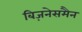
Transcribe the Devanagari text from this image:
बिज़नेसमैन